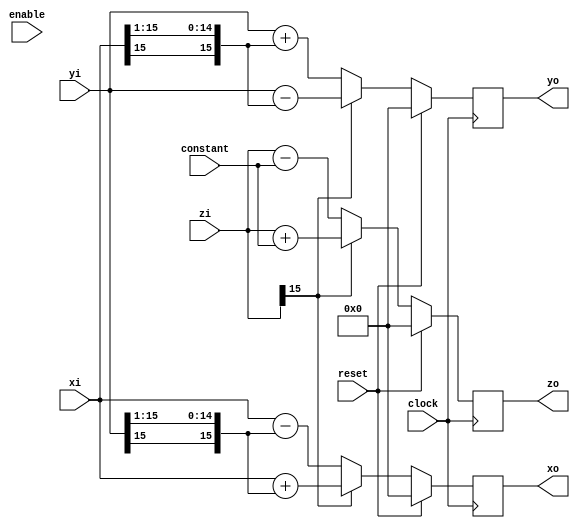
// -*- verilog -*-
//
//  USRP - Universal Software Radio Peripheral
//
//  Copyright (C) 2003 Matt Ettus
//

//

module cordic_stage( clock, reset, enable, xi,yi,zi,constant,xo,yo,zo);
   parameter bitwidth = 16;
   parameter zwidth = 16;
   parameter shift = 1;
   
   input     clock;
   input     reset;
   input     enable;
   input [bitwidth-1:0] xi,yi;
   input [zwidth-1:0] zi;
   input [zwidth-1:0] constant;
   output [bitwidth-1:0] xo,yo;
   output [zwidth-1:0] zo;
   
   wire z_is_pos = ~zi[zwidth-1];

   reg [bitwidth-1:0] 	 xo,yo;
   reg [zwidth-1:0] zo;
   
   always @(posedge clock)
     if(reset)
       begin
	  xo <= 0;
	  yo <= 0;
	  zo <= 0;
       end
     else //if(enable)
       begin
	  xo <= z_is_pos ?   
		xi - {{shift+1{yi[bitwidth-1]}},yi[bitwidth-2:shift]} :
		xi + {{shift+1{yi[bitwidth-1]}},yi[bitwidth-2:shift]};
	  yo <= z_is_pos ?   
		yi + {{shift+1{xi[bitwidth-1]}},xi[bitwidth-2:shift]} :
		yi - {{shift+1{xi[bitwidth-1]}},xi[bitwidth-2:shift]};
	  zo <= z_is_pos ?   
		zi - constant :
		zi + constant;
       end
endmodule